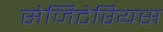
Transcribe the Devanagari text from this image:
सेजिटेरियस